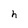
Character: h